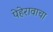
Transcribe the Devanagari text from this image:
पेहेरावाचा